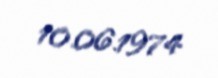
10.06.1974